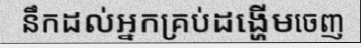
នឹកដល់អ្នកគ្រប់ដង្ហើមចេញ